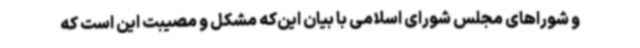
و شوراهای مجلس شورای اسلامی با بیان این‌که مشکل و مصیبت این است که